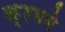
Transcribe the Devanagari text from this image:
क्रममे